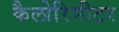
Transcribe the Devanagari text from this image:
कैलोरिमीटर